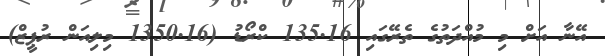
އޭނާ އަށް މި މުއްދަތުގެ ތެރޭގައި 135.16 ކްރޯޑު (1350.16 މިލިއަން ރުޕީޒް)